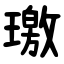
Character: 璬